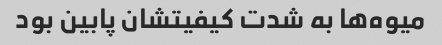
میوه‌ها به شدت کیفیتشان پابین بود